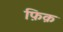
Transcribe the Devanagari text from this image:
फ़िक़